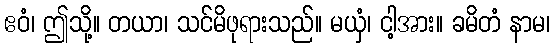
ဧဝံ၊ ဤသို့။ တယာ၊ သင်မိဖုရားသည်။ မယှံ၊ ငါ့အား။ ခမိတံ နာမ၊